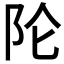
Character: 𲉉